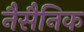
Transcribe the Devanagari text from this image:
नैसैनिक